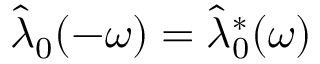
\hat { \lambda } _ { 0 } ( - \omega ) = \hat { \lambda } _ { 0 } ^ { * } ( \omega )